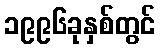
၁၉၉၆ခုနှစ်တွင်